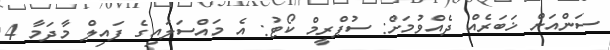
ސަންއަށް ޚަބަރެއް ދެއްވުމަށް: ސުޕްރީމް ކޯޓު: އެ މައްސަލައިގެ ފައިލް މާދަމާ 4